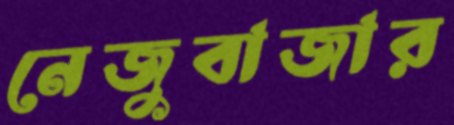
নেজুবাজার